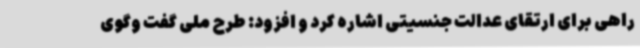
راهی برای ارتقای عدالت جنسیتی اشاره کرد و افزود: طرح ملی گفت وگوی